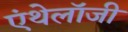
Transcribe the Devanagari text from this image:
एंथेलॉजी